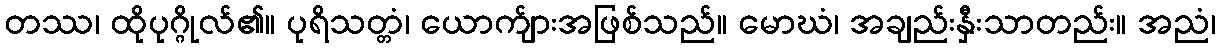
တဿ၊ ထိုပုဂ္ဂိုလ်၏။ ပုရိသတ္တံ၊ ယောက်ျားအဖြစ်သည်။ မောဃံ၊ အချည်းနှီးသာတည်း။ အညံ၊